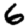
Digit: 6